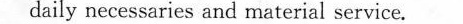
daily necessaries and material service.